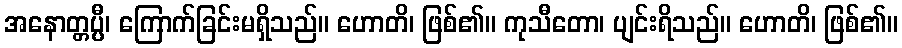
အနောတ္တပ္ပီ၊ ကြောက်ခြင်းမရှိသည်။ ဟောတိ၊ ဖြစ်၏။ ကုသီတော၊ ပျင်းရိသည်။ ဟောတိ၊ ဖြစ်၏။